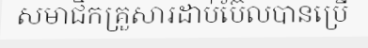
សមាជិកគ្រួសារដាប់ប៊ែលបានប្រើ